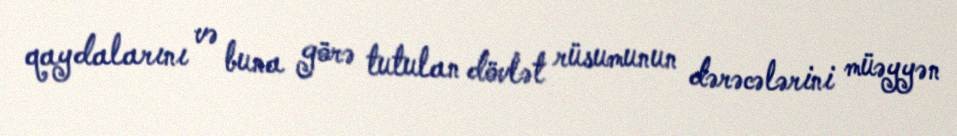
qaydalarını və buna görə tutulan dövlət rüsumunun dərəcələrini müəyyən